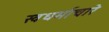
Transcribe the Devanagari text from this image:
स्वधर्माचारे